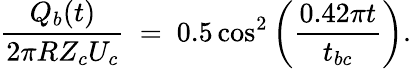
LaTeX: \frac{Q_{b}(t)}{2\pi RZ_{c}U_{c}}~=~0.5\cos^{2}\left(\frac{0.42\pi t}{t_{bc}}\right).